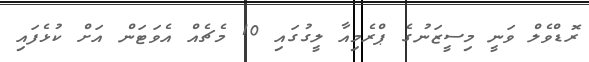
ރޮޑްވެލް ވަނީ މިސީޒަނުގެ ޕްރެމިއާ ލީގުގައި 10 މެޗެއް އެވަޓަން އަށް ކުޅެފައި